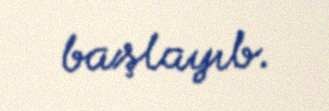
başlayıb.